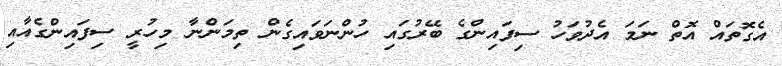
އެގޮތައް އޮތް ނަމަ އެދުވަހު ސިފައިންގެ ބޭރުގައި ހުންނަވައިގެން ތިމަންނާ މިހުރީ ސިފައިންގެއާއި